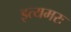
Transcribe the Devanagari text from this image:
इत्यमरः